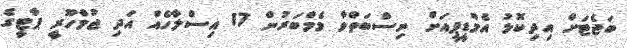
ބަޖެޓަށް އިދިކޮޅު އެމްޑީޕީއަށް ނިސްބަތްވާ މެމްބަރުން 17 އިސްލާހެއް އަދި ޖުމްހޫރީ ޕާޓީގެ